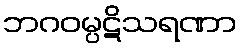
ဘဂဝမ္ပဋိသရဏာ